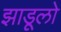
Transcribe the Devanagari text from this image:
झाडूलो